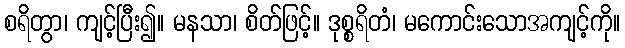
စရိတွာ၊ ကျင့်ပြီး၍။ မနသာ၊ စိတ်ဖြင့်။ ဒုစ္စရိတံ၊ မကောင်းသောအကျင့်ကို။